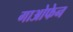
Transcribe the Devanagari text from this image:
गाओफेन